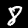
Digit: 8